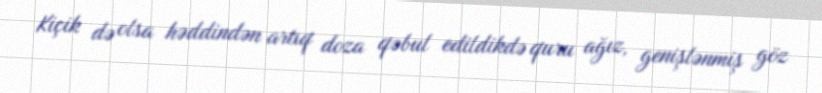
Kiçik də olsa həddindən artıq doza qəbul edildikdə quru ağız, genişlənmiş göz